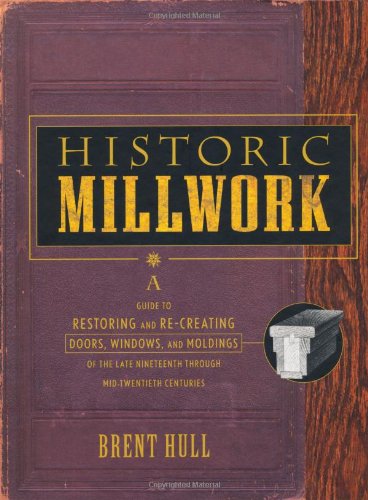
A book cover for Historic Millwork: A Guide to Restoring and Re-creating Doors, Windows, and Moldings of the Late Nineteenth Through Mid-Twentieth Centuries; Brent Hull; Arts & Photography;